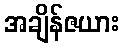
အချိန်ဇယား